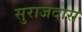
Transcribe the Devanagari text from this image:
सुराजदास